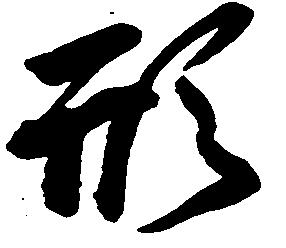
形